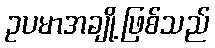
ဥပမာအချို့ဖြစ်သည်